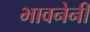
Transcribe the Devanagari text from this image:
भावनेनी